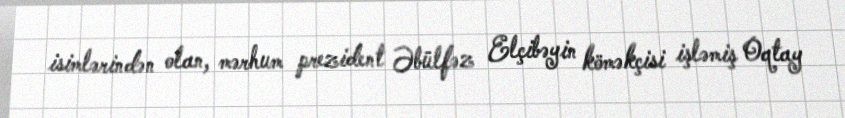
isimlərindən olan, mərhum prezident Əbülfəz Elçibəyin köməkçisi işləmiş Oqtay